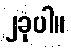
၂ခုပါ။